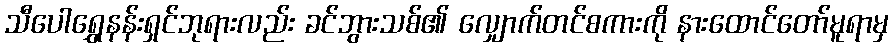
သီပေါရွှေနန်းရှင်ဘုရားလည်း ခင်ဘွားသစ်၏ လျှောက်တင်စကားကို နားထောင်တော်မူရာမှ